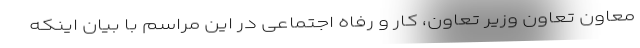
معاون تعاون وزیر تعاون، کار و رفاه اجتماعی در این مراسم با بیان اینکه